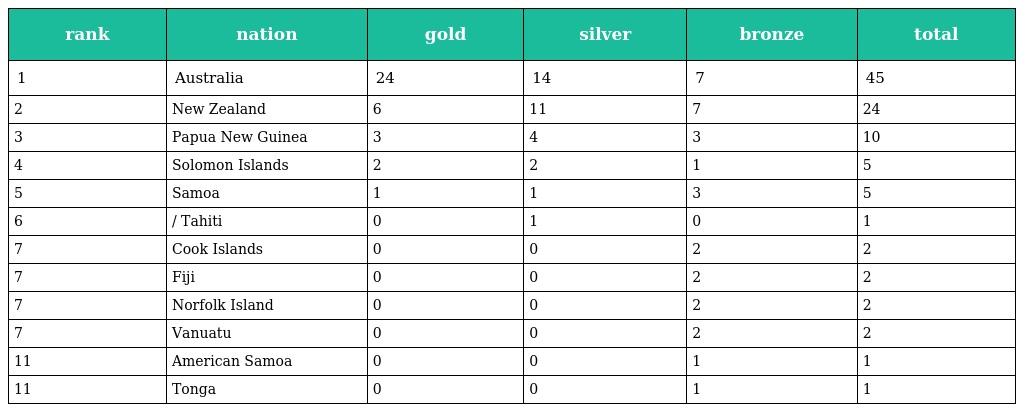
| rank | nation | gold | silver | bronze | total |
 | --- | --- | --- | --- | --- | --- |
 | 1 | Australia | 24 | 14 | 7 | 45 |
 | 2 | New Zealand | 6 | 11 | 7 | 24 |
 | 3 | Papua New Guinea | 3 | 4 | 3 | 10 |
 | 4 | Solomon Islands | 2 | 2 | 1 | 5 |
 | 5 | Samoa | 1 | 1 | 3 | 5 |
 | 6 | / Tahiti | 0 | 1 | 0 | 1 |
 | 7 | Cook Islands | 0 | 0 | 2 | 2 |
 | 7 | Fiji | 0 | 0 | 2 | 2 |
 | 7 | Norfolk Island | 0 | 0 | 2 | 2 |
 | 7 | Vanuatu | 0 | 0 | 2 | 2 |
 | 11 | American Samoa | 0 | 0 | 1 | 1 |
 | 11 | Tonga | 0 | 0 | 1 | 1 |